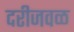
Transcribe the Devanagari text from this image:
दरीजवळ